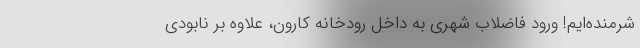
شرمنده‌ایم! ورود فاضلاب شهری به داخل رودخانه کارون، علاوه بر نابودی